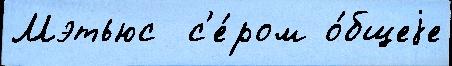
Мэтьюс  с'е́ром о́бщеjе